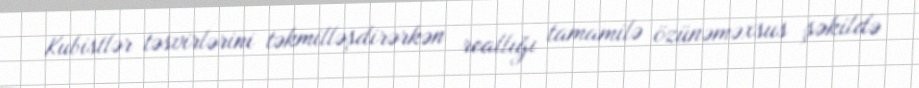
Kubistlər təsvirlərini təkmilləşdirərkən reallığı tamamilə özünəməxsus şəkildə